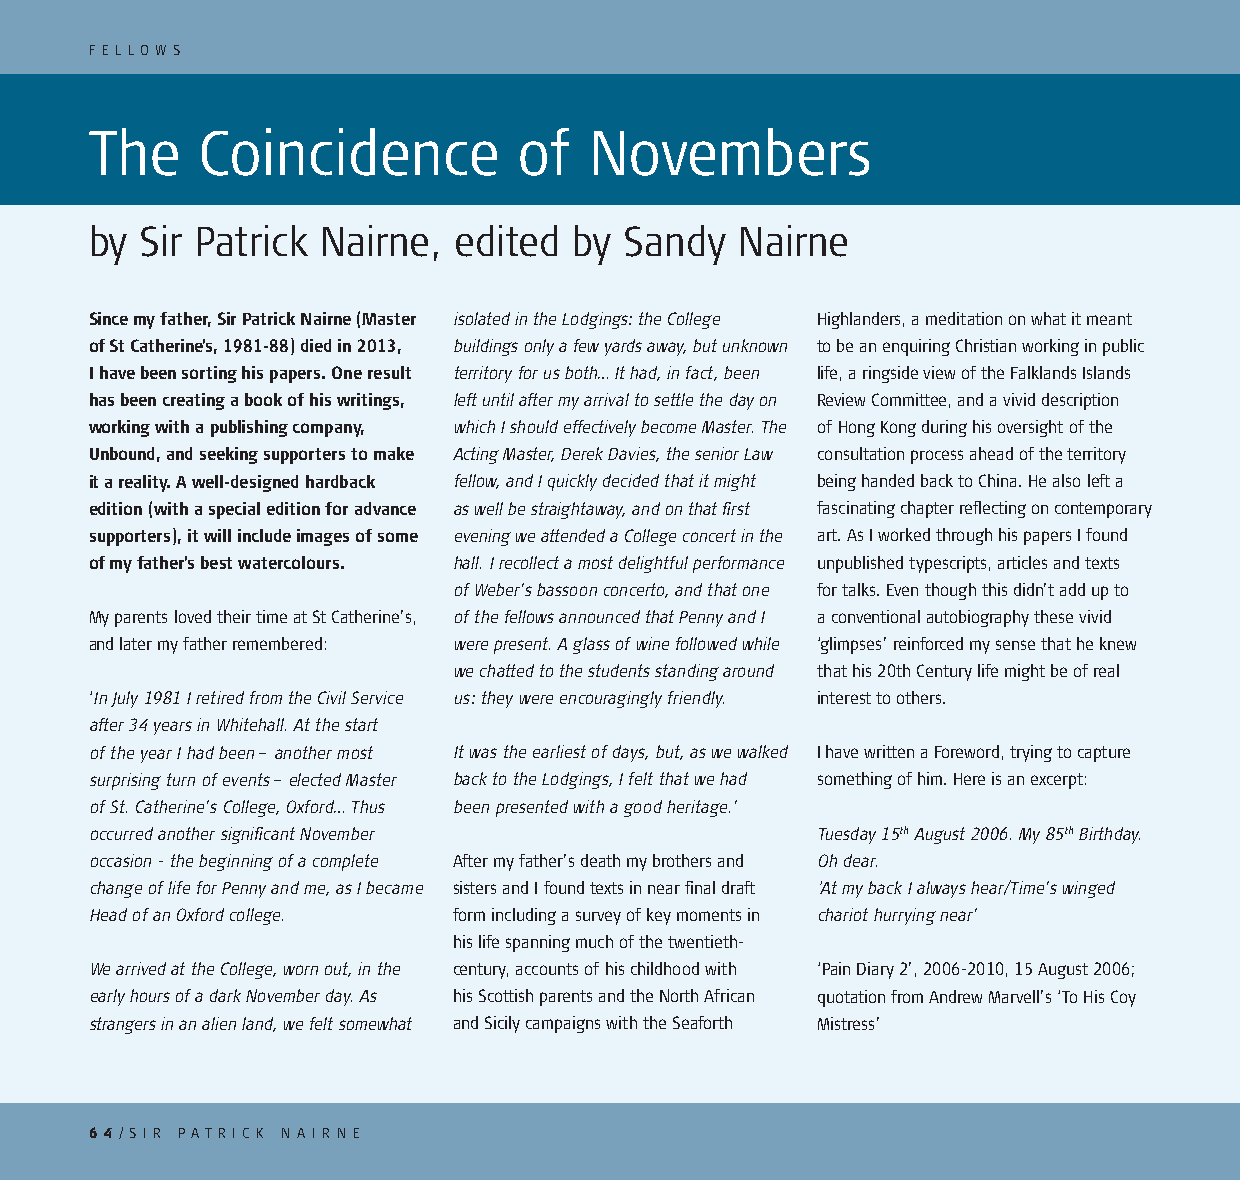
F E L LO W S
 The    Coincidence          of   Novembers
 by Sir Patrick Nairne,  edited  by Sandy   Nairne
 Since my father, Sir Patrick Nairne (Master isolated in the Lodgings: the College Highlanders, a meditation on what it meant
 of St Catherine’s, 1981-88) died in 2013, buildings only a few yards away, but unknown to be an enquiring Christian working in public
 I have been sorting his papers. One result territory for us both… It had, in fact, been life, a ringside view of the Falklands Islands
 has been creating a book of his writings, left until after my arrival to settle the day on Review Committee, and a vivid description
 working with a publishing company, which I should effectively become Master. The of Hong Kong during his oversight of the
 Unbound, and seeking supporters to make Acting Master, Derek Davies, the senior Law consultation process ahead of the territory
 it a reality. A well-designed hardback fellow, and I quickly decided that it might being handed back to China. He also left a
 edition (with a special edition for advance as well be straightaway, and on that first fascinating chapter reflecting on contemporary
 supporters), it will include images of some evening we attended a College concert in the art. As I worked through his papers I found
 of my father’s best watercolours. hall. I recollect a most delightful performance unpublished typescripts, articles and texts
 of Weber’s bassoon concerto, and that one for talks. Even though this didn’t add up to
 My parents loved their time at St Catherine’s, of the fellows announced that Penny and I a conventional autobiography these vivid
 and later my father remembered: were present. A glass of wine followed while ‘glimpses’ reinforced my sense that he knew
 we chatted to the students standing around that his 20th Century life might be of real
 ‘In July 1981 I retired from the Civil Service us: they were encouragingly friendly. interest to others.
 after 34 years in Whitehall. At the start
 of the year I had been – another most It was the earliest of days, but, as we walked I have written a Foreword, trying to capture
 surprising turn of events – elected Master back to the Lodgings, I felt that we had something of him. Here is an excerpt:
 of St. Catherine’s College, Oxford… Thus been presented with a good heritage.’
 occurred another significant November           Tuesday 15th August 2006. My 85th Birthday.
 occasion - the beginning of a complete After my father’s death my brothers and Oh dear.
 change of life for Penny and me, as I became sisters and I found texts in near final draft ‘At my back I always hear/Time’s winged
 Head of an Oxford college. form including a survey of key moments in chariot hurrying near’
 his life spanning much of the twentieth-
 We arrived at the College, worn out, in the century, accounts of his childhood with ‘Pain Diary 2’, 2006-2010, 15 August 2006;
 early hours of a dark November day. As his Scottish parents and the North African quotation from Andrew Marvell’s ‘To His Coy
 strangers in an alien land, we felt somewhat and Sicily campaigns with the Seaforth Mistress’
 6 4/ S I R PAT R I C K N A I R N E